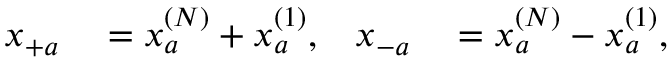
\begin{array} { r l r l } { x _ { + a } } & { { } = x _ { a } ^ { ( N ) } + x _ { a } ^ { ( 1 ) } , } & { x _ { - a } } & { { } = x _ { a } ^ { ( N ) } - x _ { a } ^ { ( 1 ) } , } \end{array}